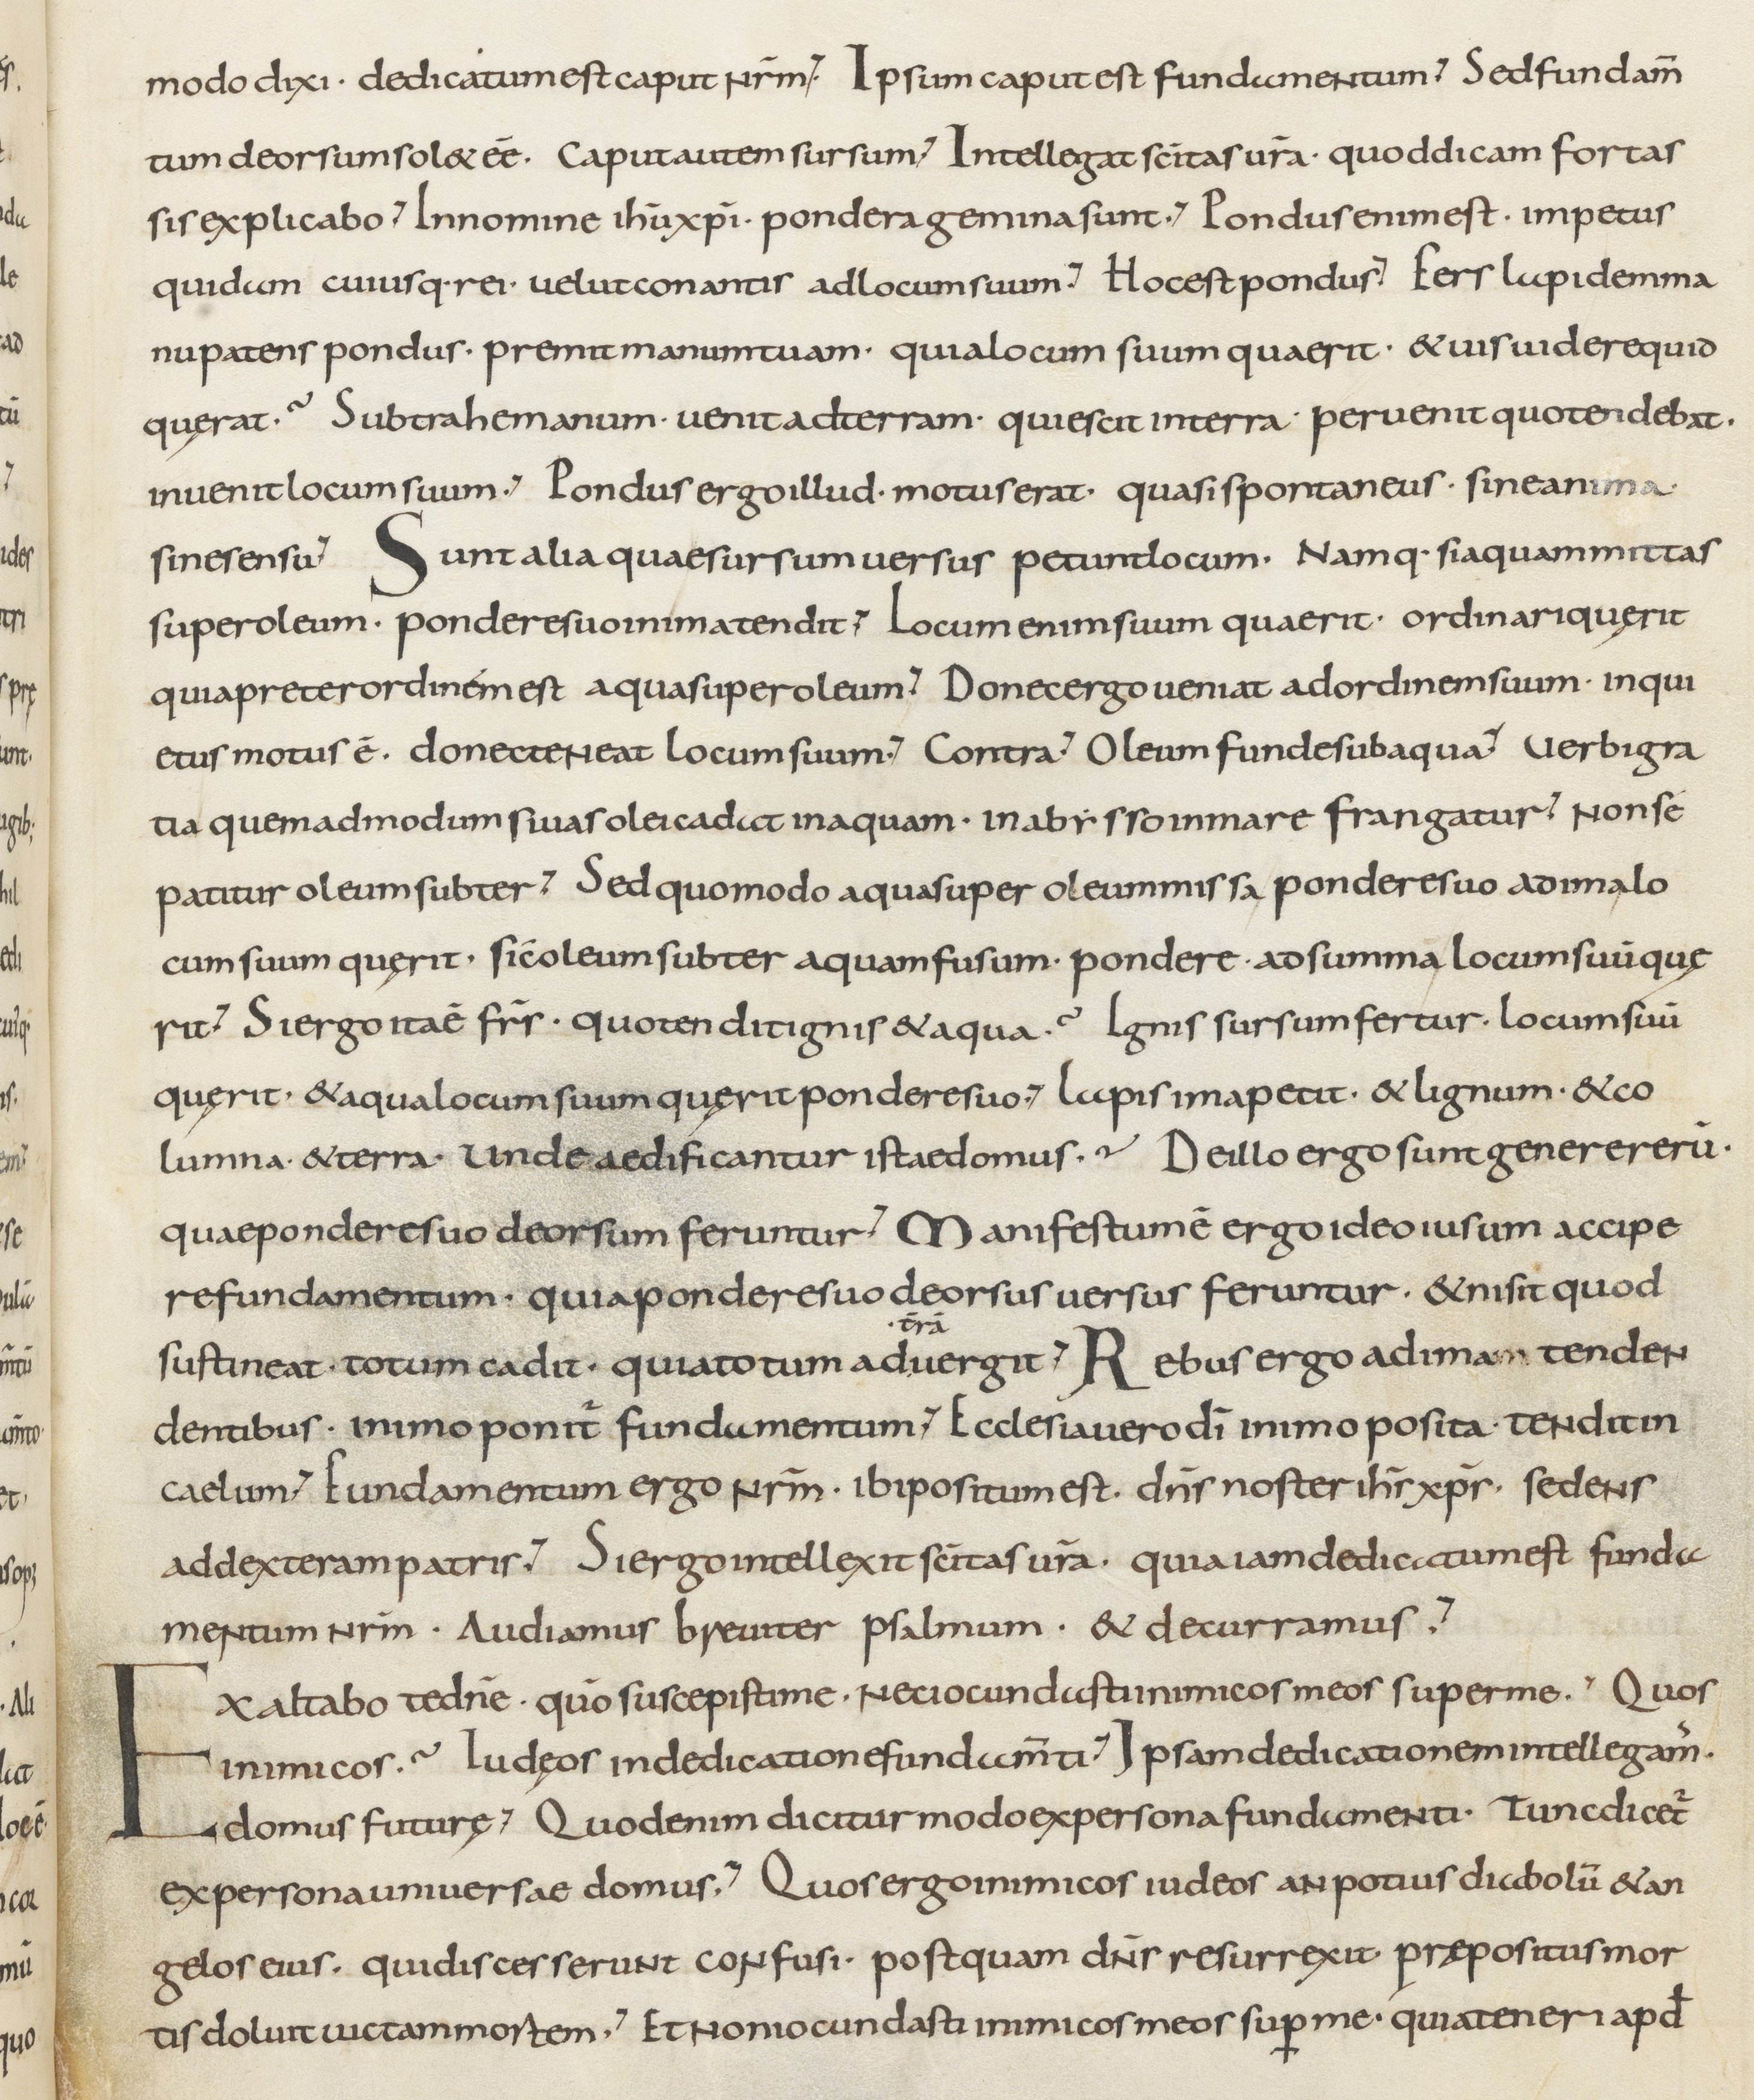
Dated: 800–899